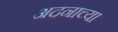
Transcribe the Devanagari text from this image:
अदनाच्या